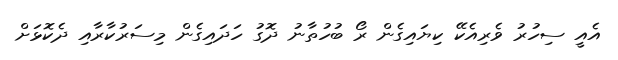
އެއީ ސިހުރު ވެރިއެކޭ ކިޔައިގެން ރޯ ބުހުތާނު ދޮގު ހަދައިގެން މިސަރުކާރާއި ދެކޮޅަށް